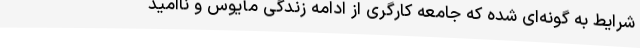
شرایط به گونه‌ای شده که جامعه کارگری از ادامه زندگی مأیوس و ناامید